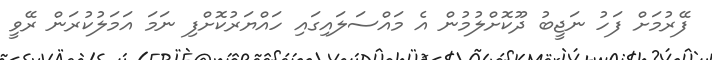
ފޭރުމަށް ފަހު ނަޖީބު ދޫކޮށްލުމުން އެ މައްސަލައިގައި ހައްޔަރުކޮށްފި ނަމަ އަމަލުކުރަން ރޭވީ